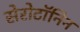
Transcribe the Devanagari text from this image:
सेरोटॉनिन